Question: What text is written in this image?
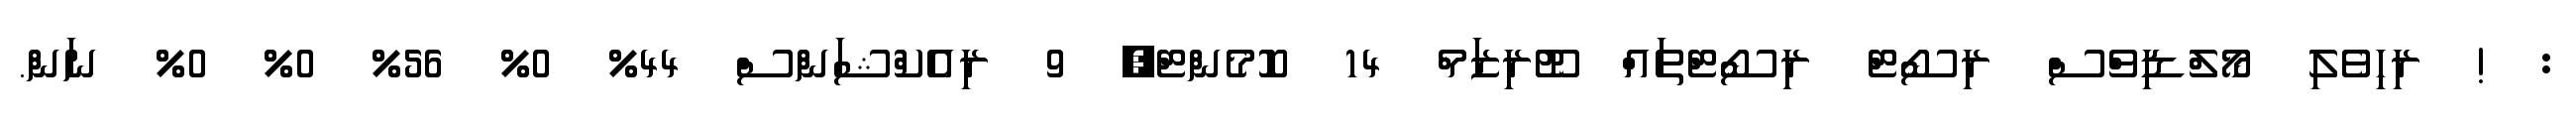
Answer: : ! ރިހިވެލި މޯލްޑިވްސް ރިސޯޓް ރިސޯޓްތައް ޓޫރިޒަމް 14 ކޮމެންޓް, 9 ރިއެކްޝަންސް 44% 0% 56% 0% 0% ނަން.